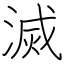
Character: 滅